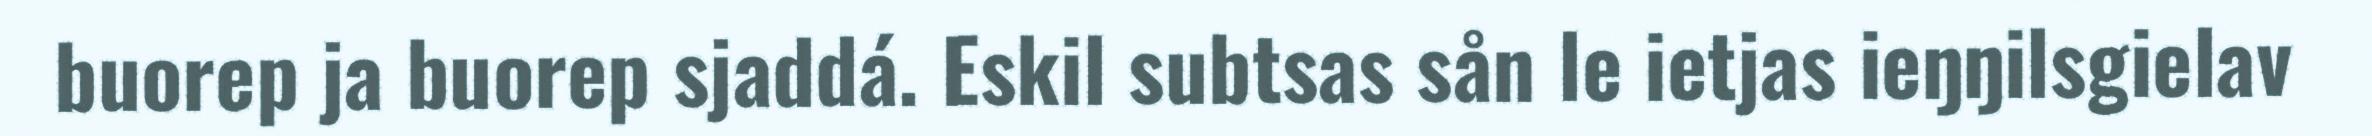
buorep ja buorep sjaddá. Eskil subtsas sån le ietjas ieŋŋilsgielav